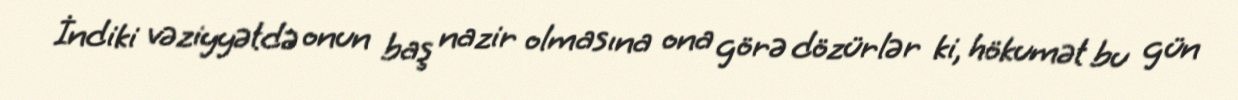
İndiki vəziyyətdə onun baş nazir olmasına ona görə dözürlər ki, hökumət bu gün